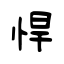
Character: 悍